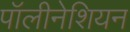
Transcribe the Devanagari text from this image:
पॉलीनेशियन